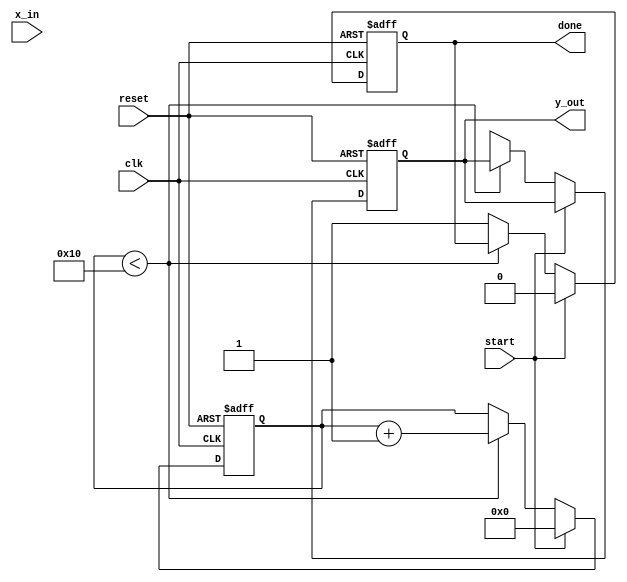
module cordic_exponential #(
    parameter DATA_WIDTH = 16, // Input data width
    parameter ITERATIONS = 16,  // Number of CORDIC iterations
    parameter FIXED_POINT_FRACTIONAL_BITS = 12 // Number of fractional bits
)(
    input wire clk,
    input wire reset,
    input wire start,
    input wire [DATA_WIDTH-1:0] x_in, // Input exponent
    output reg [DATA_WIDTH-1:0] y_out, // Output result
    output reg done // Calculation complete signal
);

    // Internal signals
    reg [DATA_WIDTH-1:0] x [0:ITERATIONS-1]; // X register
    reg [DATA_WIDTH-1:0] y [0:ITERATIONS-1]; // Y register
    reg [DATA_WIDTH-1:0] z [0:ITERATIONS-1]; // Z register
    reg [4:0] iteration_counter; // Iteration counter
    reg [DATA_WIDTH-1:0] angle_table [0:ITERATIONS-1]; // Angle lookup table
    reg [DATA_WIDTH-1:0] scaling_factor; // Scaling factor for CORDIC

    // Initialize angle table and scaling factor
    initial begin
        // Precomputed arctangent values for CORDIC (in fixed-point representation)
        angle_table[0] = 16'h1C71; // atan(2^-0)
        angle_table[1] = 16'h0B72; // atan(2^-1)
        angle_table[2] = 16'h05B6; // atan(2^-2)
        angle_table[3] = 16'h02DB; // atan(2^-3)
        angle_table[4] = 16'h0163; // atan(2^-4)
        angle_table[5] = 16'h00B5; // atan(2^-5)
        angle_table[6] = 16'h0052; // atan(2^-6)
        angle_table[7] = 16'h002A; // atan(2^-7)
        angle_table[8] = 16'h0014; // atan(2^-8)
        angle_table[9] = 16'h000A; // atan(2^-9)
        angle_table[10] = 16'h0005; // atan(2^-10)
        angle_table[11] = 16'h0002; // atan(2^-11)
        angle_table[12] = 16'h0001; // atan(2^-12)
        angle_table[13] = 16'h0001; // atan(2^-13)
        angle_table[14] = 16'h0000; // atan(2^-14)
        angle_table[15] = 16'h0000; // atan(2^-15)
        
        // Initial scaling factor for CORDIC
        scaling_factor = 16'h1C71; // 1/sqrt(1 + 2^-2) in fixed-point
    end

    // State machine for CORDIC operation
    always @(posedge clk or posedge reset) begin
        if (reset) begin
            iteration_counter <= 0;
            y_out <= 0;
            done <= 0;
        end else if (start) begin
            // Initialize registers for CORDIC
            x[0] <= scaling_factor; // Initial X value
            y[0] <= 0; // Initial Y value
            z[0] <= x_in; // Input exponent as Z value
            iteration_counter <= 0;
            done <= 0;
        end else if (iteration_counter < ITERATIONS) begin
            // CORDIC iteration logic
            if (z[iteration_counter] < 0) begin
                // Rotate clockwise
                x[iteration_counter + 1] <= x[iteration_counter] + (y[iteration_counter] >>> iteration_counter);
                y[iteration_counter + 1] <= y[iteration_counter] - (x[iteration_counter] >>> iteration_counter);
                z[iteration_counter + 1] <= z[iteration_counter] + angle_table[iteration_counter];
            end else begin
                // Rotate counter-clockwise
                x[iteration_counter + 1] <= x[iteration_counter] - (y[iteration_counter] >>> iteration_counter);
                y[iteration_counter + 1] <= y[iteration_counter] + (x[iteration_counter] >>> iteration_counter);
                z[iteration_counter + 1] <= z[iteration_counter] - angle_table[iteration_counter];
            end
            iteration_counter <= iteration_counter + 1;
        end else begin
            // Final output after iterations
            y_out <= x[ITERATIONS]; // Final X value is the result
            done <= 1; // Indicate completion
        end
    end

endmodule